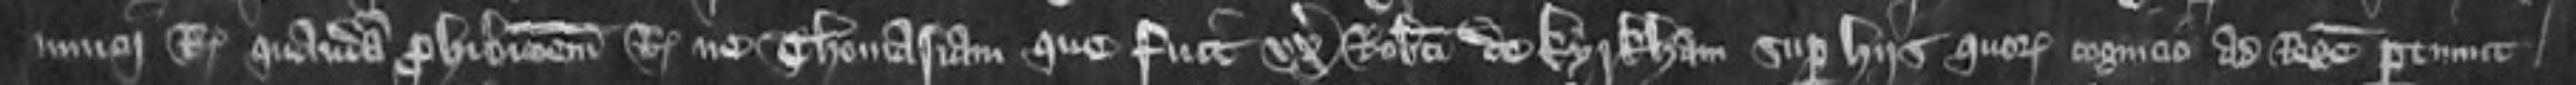
nuncii Regis quandam prohibicionem Regis ne Thomasiam que fuit uxoris Roberti de Kyrkham super hiis quorum cognicio ad Regem pertinuit